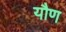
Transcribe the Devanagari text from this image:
यौण